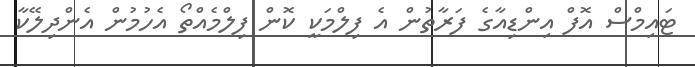
ޓައިމްސް އޮފް އިންޑިއާގެ ފަރާތުން އެ ފިލްމަކީ ކޮން ފިލްމެއްތޯ އެހުމުން އެންދިލޭކާ